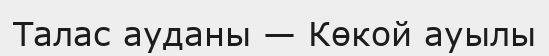
Талас ауданы — Көкой ауылы